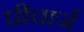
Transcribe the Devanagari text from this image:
प्रीचार्ज